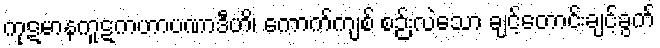
ကုဋမာနကူဋကဟာပဏာဒီဟိ၊ ကောက်ကျစ် စဉ်းလဲသော ချင့်တောင်းချင့်ခွက်